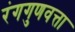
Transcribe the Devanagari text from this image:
रंगगुणवत्ता